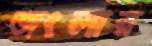
জংলার